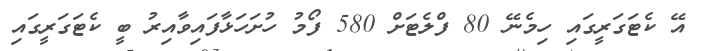
އޭ ކެޓަގަރީގައި ހިމެނޭ 80 ފްލެޓަށް 580 ފޯމު ހުށަހަޅާފައިވާއިރު ބީ ކެޓަގަރީގައި